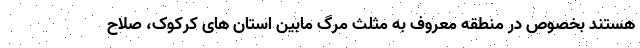
هستند بخصوص در منطقه معروف به مثلث مرگ مابین استان های کرکوک، صلاح